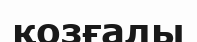
қозғалы